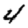
Digit: 4